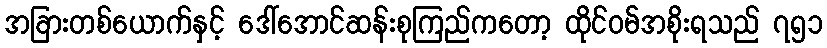
အခြားတစ်ယောက်နှင့် ဒေါ်အောင်ဆန်းစုကြည်ကတော့ ထိုင်ဝမ်အစိုးရသည် ၇၅၁